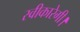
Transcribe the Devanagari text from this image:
स्वीकारेगी।